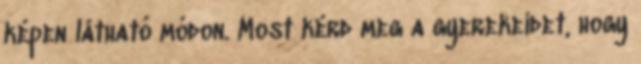
képen látható módon. Most kérd meg a gyerekeidet, hogy